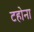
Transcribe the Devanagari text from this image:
टहोना